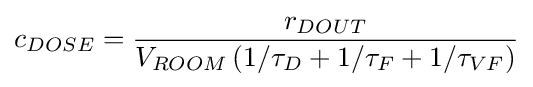
c_{DOSE}={\frac {r_{DOUT}}{V_{ROOM}\left(1/\tau _{D}+1/\tau _{F}+1/\tau _{VF}\right)}}